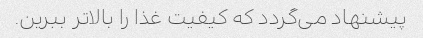
پیشنهاد می‌گردد که کیفیت غذا را بالاتر ببرین.